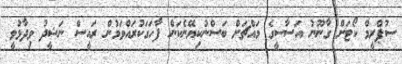
ސުޕްރީމް ކޯޓަށް ގާނޫނު އަސާސީގެ މައްޗަށް ބަސްނުކިޔޭނެކަން ފާހަގަކުރައްވަމުން ރައީސް ނަޝީދު ވިދާޅުވީ